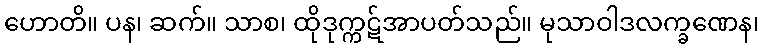
ဟောတိ။ ပန၊ ဆက်။ သာစ၊ ထိုဒုက္ကဋ်အာပတ်သည်။ မုသာဝါဒလက္ခဏေန၊